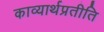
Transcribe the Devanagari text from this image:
काव्यार्थप्रतीति